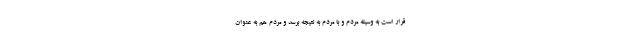
قرار است به وسیله مردم و با مردم به نتیجه برسد و مردم هم به عنوان